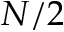
N / 2